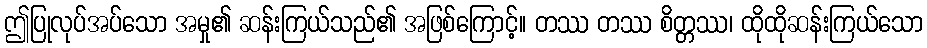
ဤပြုလုပ်အပ်သော အမှု၏ ဆန်းကြယ်သည်၏ အဖြစ်ကြောင့်။ တဿ တဿ စိတ္တဿ၊ ထိုထိုဆန်းကြယ်သော